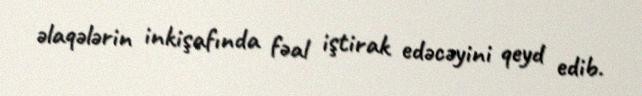
əlaqələrin inkişafında fəal iştirak edəcəyini qeyd edib.